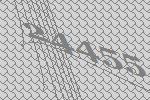
24455